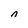
Character: n